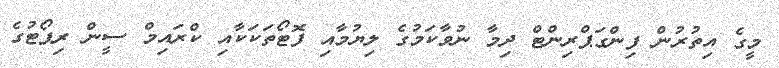
މީގެ އިތުރުން ފިންގަޕްރިންޓް ދިމާ ނުވާކަމުގެ ލިޔުމާއި ފޮޓޯތަކަކާއި ކްރައިމް ސީން ރިޕޯޓުގެ